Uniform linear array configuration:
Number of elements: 8
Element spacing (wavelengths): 0.5
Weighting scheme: exponential
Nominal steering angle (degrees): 45
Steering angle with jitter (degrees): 45.367
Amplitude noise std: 0.05
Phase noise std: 0.05

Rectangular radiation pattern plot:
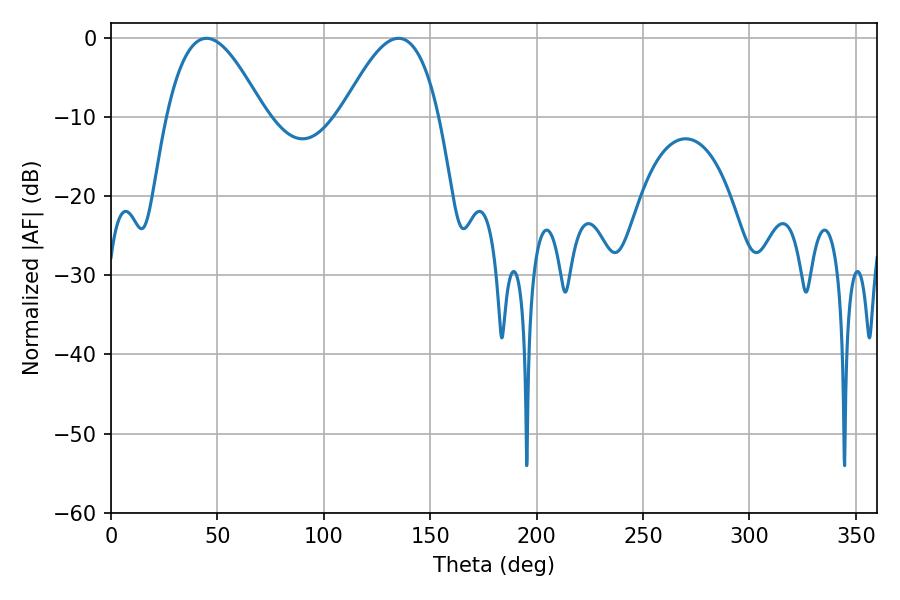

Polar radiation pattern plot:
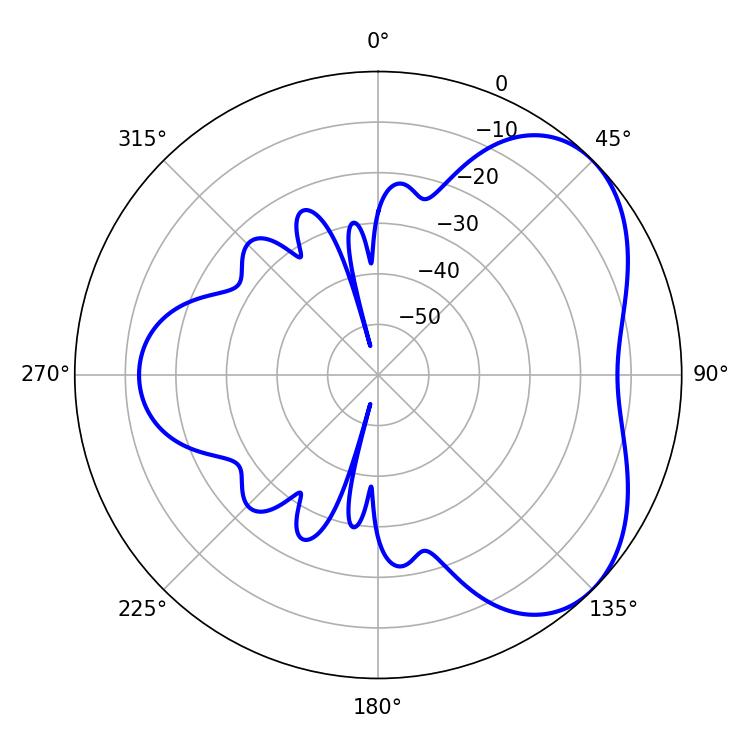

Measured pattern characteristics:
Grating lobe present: FALSE
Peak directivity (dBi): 4.658
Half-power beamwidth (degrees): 24.84
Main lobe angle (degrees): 44.82